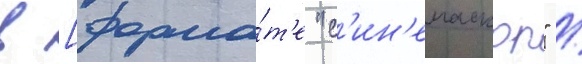
в [форма́т'е "с'ин'емаскоп" /